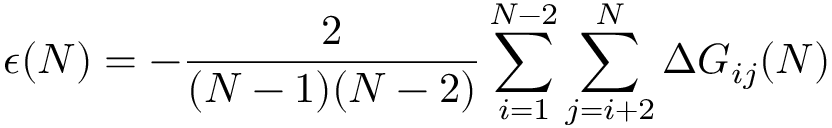
\epsilon ( N ) = - \frac { 2 } { ( N - 1 ) ( N - 2 ) } \sum _ { i = 1 } ^ { N - 2 } \sum _ { j = i + 2 } ^ { N } \Delta { G } _ { i j } ( N )